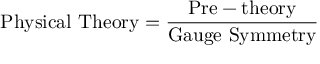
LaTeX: \mathrm { P h y s i c a l ~ T h e o r y } = \frac { \mathrm { P r e - t h e o r y } } { \mathrm { G a u g e ~ S y m m e t r y } }